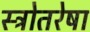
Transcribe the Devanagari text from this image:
स्त्रोतरेषा